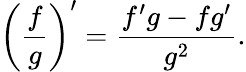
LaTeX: {\left({\frac{f}{g}}\right)}^{\prime}={\frac{f^{\prime}g-fg^{\prime}}{g^{2}}}.